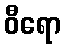
ဝီရော